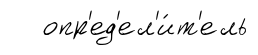
опр'ед'ел'и́т'ель